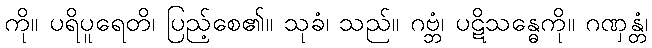
ကို။ ပရိပူရေတိ၊ ပြည့်စေ၏။ သုခံ၊ သည်။ ဂဗ္ဘံ၊ ပဋိသန္ဓေကို။ ဂဏှန္တံ၊